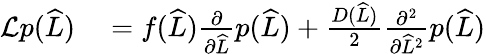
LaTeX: \begin{array}{rl}{\mathcal{L}p(\widehat{L})}&{{}=f(\widehat{L})\frac{\partial}{\partial\widehat{L}}p(\widehat{L})+\frac{D(\widehat{L})}{2}\frac{\partial^{2}}{\partial\widehat{L}^{2}}p(\widehat{L})}\end{array}